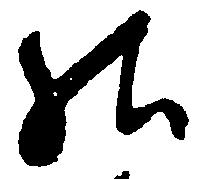
給